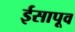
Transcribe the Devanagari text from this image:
ईसापूव